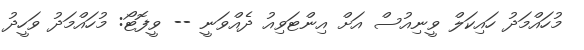
މުހައްމަދު ހައިކަލް ވީނިއުސް އަށް އިންޓަވިއު ދެއްވަނީ -- ވީފޮޓޯ: މުހައްމަދު ވަހީދު